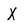
Character: X